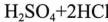
H _ { 2 } S O _ { 4 } + 2 H C l$$